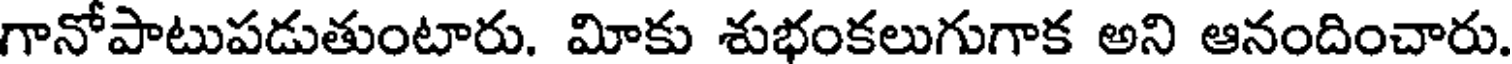
గానోపాటుపడుతుంటారు. మోకు శుభంకలుగుగాక అని ఆనందించారు.